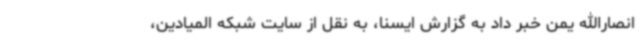
انصارالله یمن خبر داد به گزارش ایسنا، به نقل از سایت شبکه المیادین،